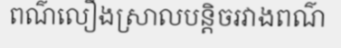
ពណ៌លឿងស្រាលបន្តិចរវាងពណ៌